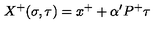
X ^ { + } ( \sigma , \tau ) = x ^ { + } + \alpha ^ { \prime } P ^ { + } \tau